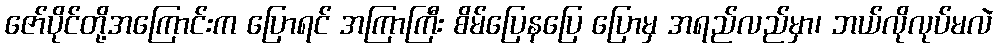
ဇော်ပိုင်တို့အကြောင်းက ပြောရင် အကြာကြီး စိမ်ပြေနပြေ ပြောမှ အရည်လည်မှာ၊ ဘယ်လိုလုပ်မလဲ